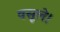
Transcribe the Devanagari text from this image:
वसूले।